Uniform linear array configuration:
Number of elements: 4
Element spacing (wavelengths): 0.75
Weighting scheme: blackman
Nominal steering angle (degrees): -15
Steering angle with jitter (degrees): -15.798
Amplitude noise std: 0.05
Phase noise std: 0.05

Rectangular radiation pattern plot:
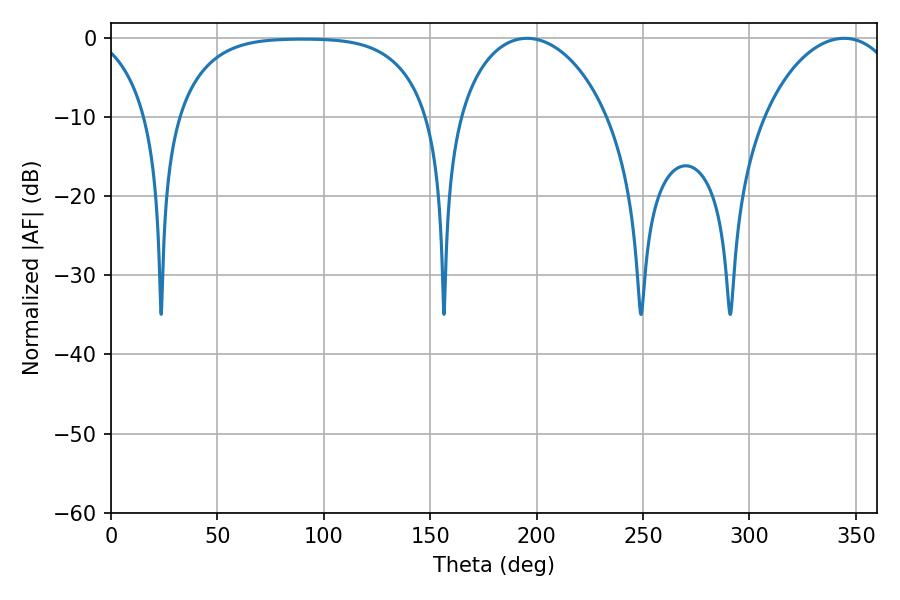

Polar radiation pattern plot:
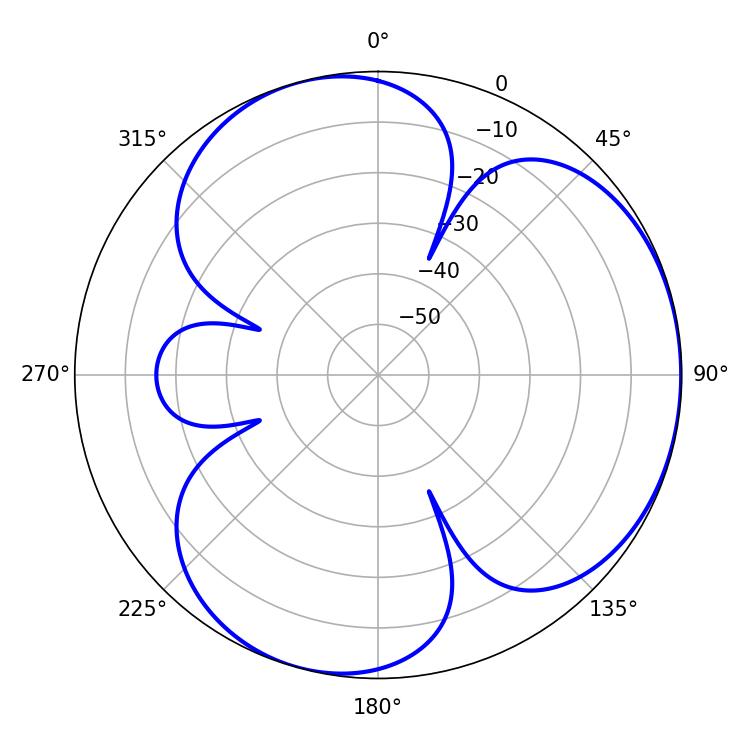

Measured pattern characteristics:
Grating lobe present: TRUE
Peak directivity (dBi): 3.757
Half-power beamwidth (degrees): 40.68
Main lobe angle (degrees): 195.48